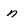
Character: n